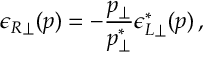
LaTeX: \epsilon _ { R \perp } ( p ) = - { \frac { p _ { \perp } } { p _ { \perp } ^ { * } } } \epsilon _ { L \perp } ^ { * } ( p ) \, ,